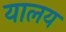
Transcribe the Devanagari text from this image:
यालय